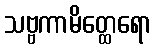
သဗ္ဗကာမိတ္ထေရော